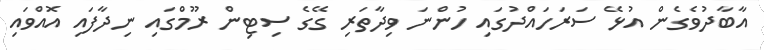
އާބާދުވެގެން އުޅޭ ސަރަހައްދުގައި ހުންނަ ވިދާތަރި ގޭގެ ސިޓިން ރޫމްގައި ނިދާފައި އޮއްވައި